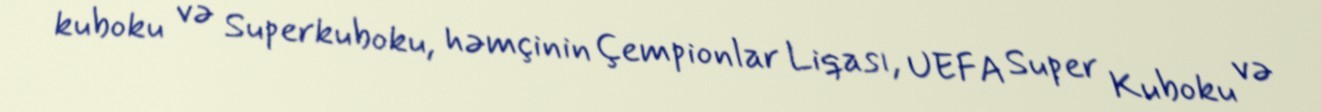
kuboku və Superkuboku, həmçinin Çempionlar Liqası, UEFA Super Kuboku və